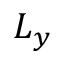
L _ { y }